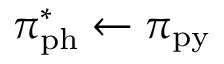
\pi _ { \mathrm { p h } } ^ { * } \leftarrow \pi _ { \mathrm { p y } }